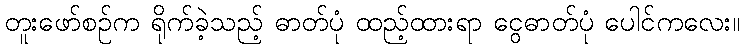
တူးဖော်စဉ်က ရိုက်ခဲ့သည့် ဓာတ်ပုံ ထည့်ထားရာ ငွေဓာတ်ပုံ ပေါင်ကလေး။